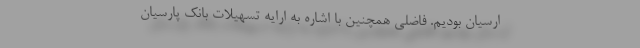
ارسیان بودیم. فاضلی همچنین با اشاره به ارایه تسهیلات بانک پارسیان